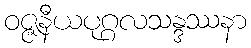
ဝဇ္ဇနီယပုဂ္ဂလသန္ဒဿနာ